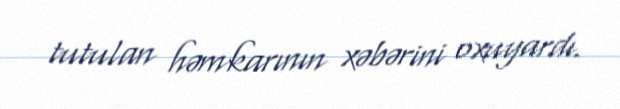
tutulan həmkarının xəbərini oxuyardı.